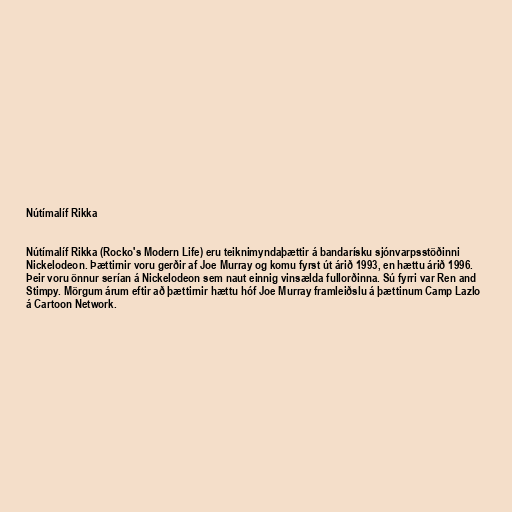
Nútímalíf Rikka

Nútímalíf Rikka (Rocko's Modern Life) eru teiknimyndaþættir á bandarísku sjónvarpsstöðinni
Nickelodeon. Þættirnir voru gerðir af Joe Murray og komu fyrst út árið 1993, en hættu árið 1996.
Þeir voru önnur serían á Nickelodeon sem naut einnig vinsælda fullorðinna. Sú fyrri var Ren and
Stimpy. Mörgum árum eftir að þættirnir hættu hóf Joe Murray framleiðslu á þættinum Camp Lazlo
á Cartoon Network.